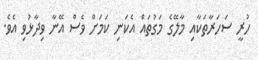
ހުރީ ސަހަރާތަކާއި މާލޭގެ މަގުތައް އެކަނި ކަމަށް ވެސް އޭނާ ވިދާޅުވި އެވެ.